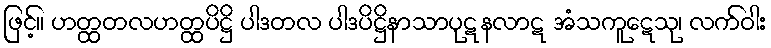
ဖြင့်။ ဟတ္ထတလဟတ္ထပိဋ္ဌိ ပါဒတလ ပါဒပိဋ္ဌိနာသာပုဋနလာဋ အံသကူဋေသု၊ လက်ဝါး